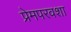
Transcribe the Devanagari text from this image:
प्रेमपरवशा